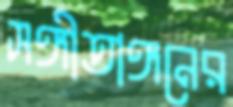
সঙ্গীতাঙ্গনের